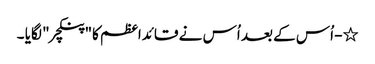
٭- اُس کے بعد اُس نے قائداعظم کا"پنکچر " لگایا ۔